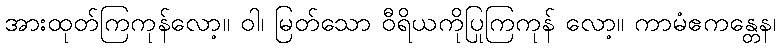
အားထုတ်ကြကုန်လော့။ ဝါ၊ မြတ်သော ဝီရိယကိုပြုကြကုန် လော့။ ကာမံဧကန္တေန၊